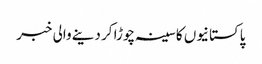
پاکستانیوں کا سینہ چوڑا کر دینے والی خبر